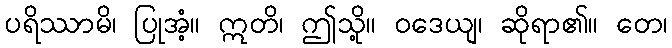
ပရိဿာမိ၊ ပြုအံ့။ ဣတိ၊ ဤသို့။ ဝဒေယျ၊ ဆိုရာ၏။ တေ၊